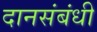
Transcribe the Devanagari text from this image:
दानसंबंधी